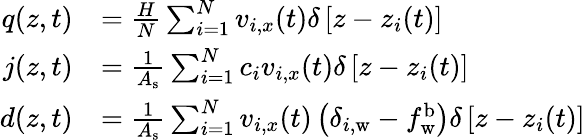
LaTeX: \begin{array}{rl}{q(z,t)}&{=\frac{H}{N}\sum_{i=1}^{N}v_{i,x}(t)\delta\left[z-z_{i}(t)\right]}\\ {j(z,t)}&{=\frac{1}{A_{\mathrm{s}}}\sum_{i=1}^{N}c_{i}v_{i,x}(t)\delta\left[z-z_{i}(t)\right]}\\ {d(z,t)}&{=\frac{1}{A_{\mathrm{s}}}\sum_{i=1}^{N}v_{i,x}(t)\left(\delta_{i,\mathrm{w}}-f_{\mathrm{w}}^{\mathrm{b}}\right)\delta\left[z-z_{i}(t)\right]}\end{array}